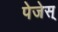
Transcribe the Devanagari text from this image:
पेजेस्